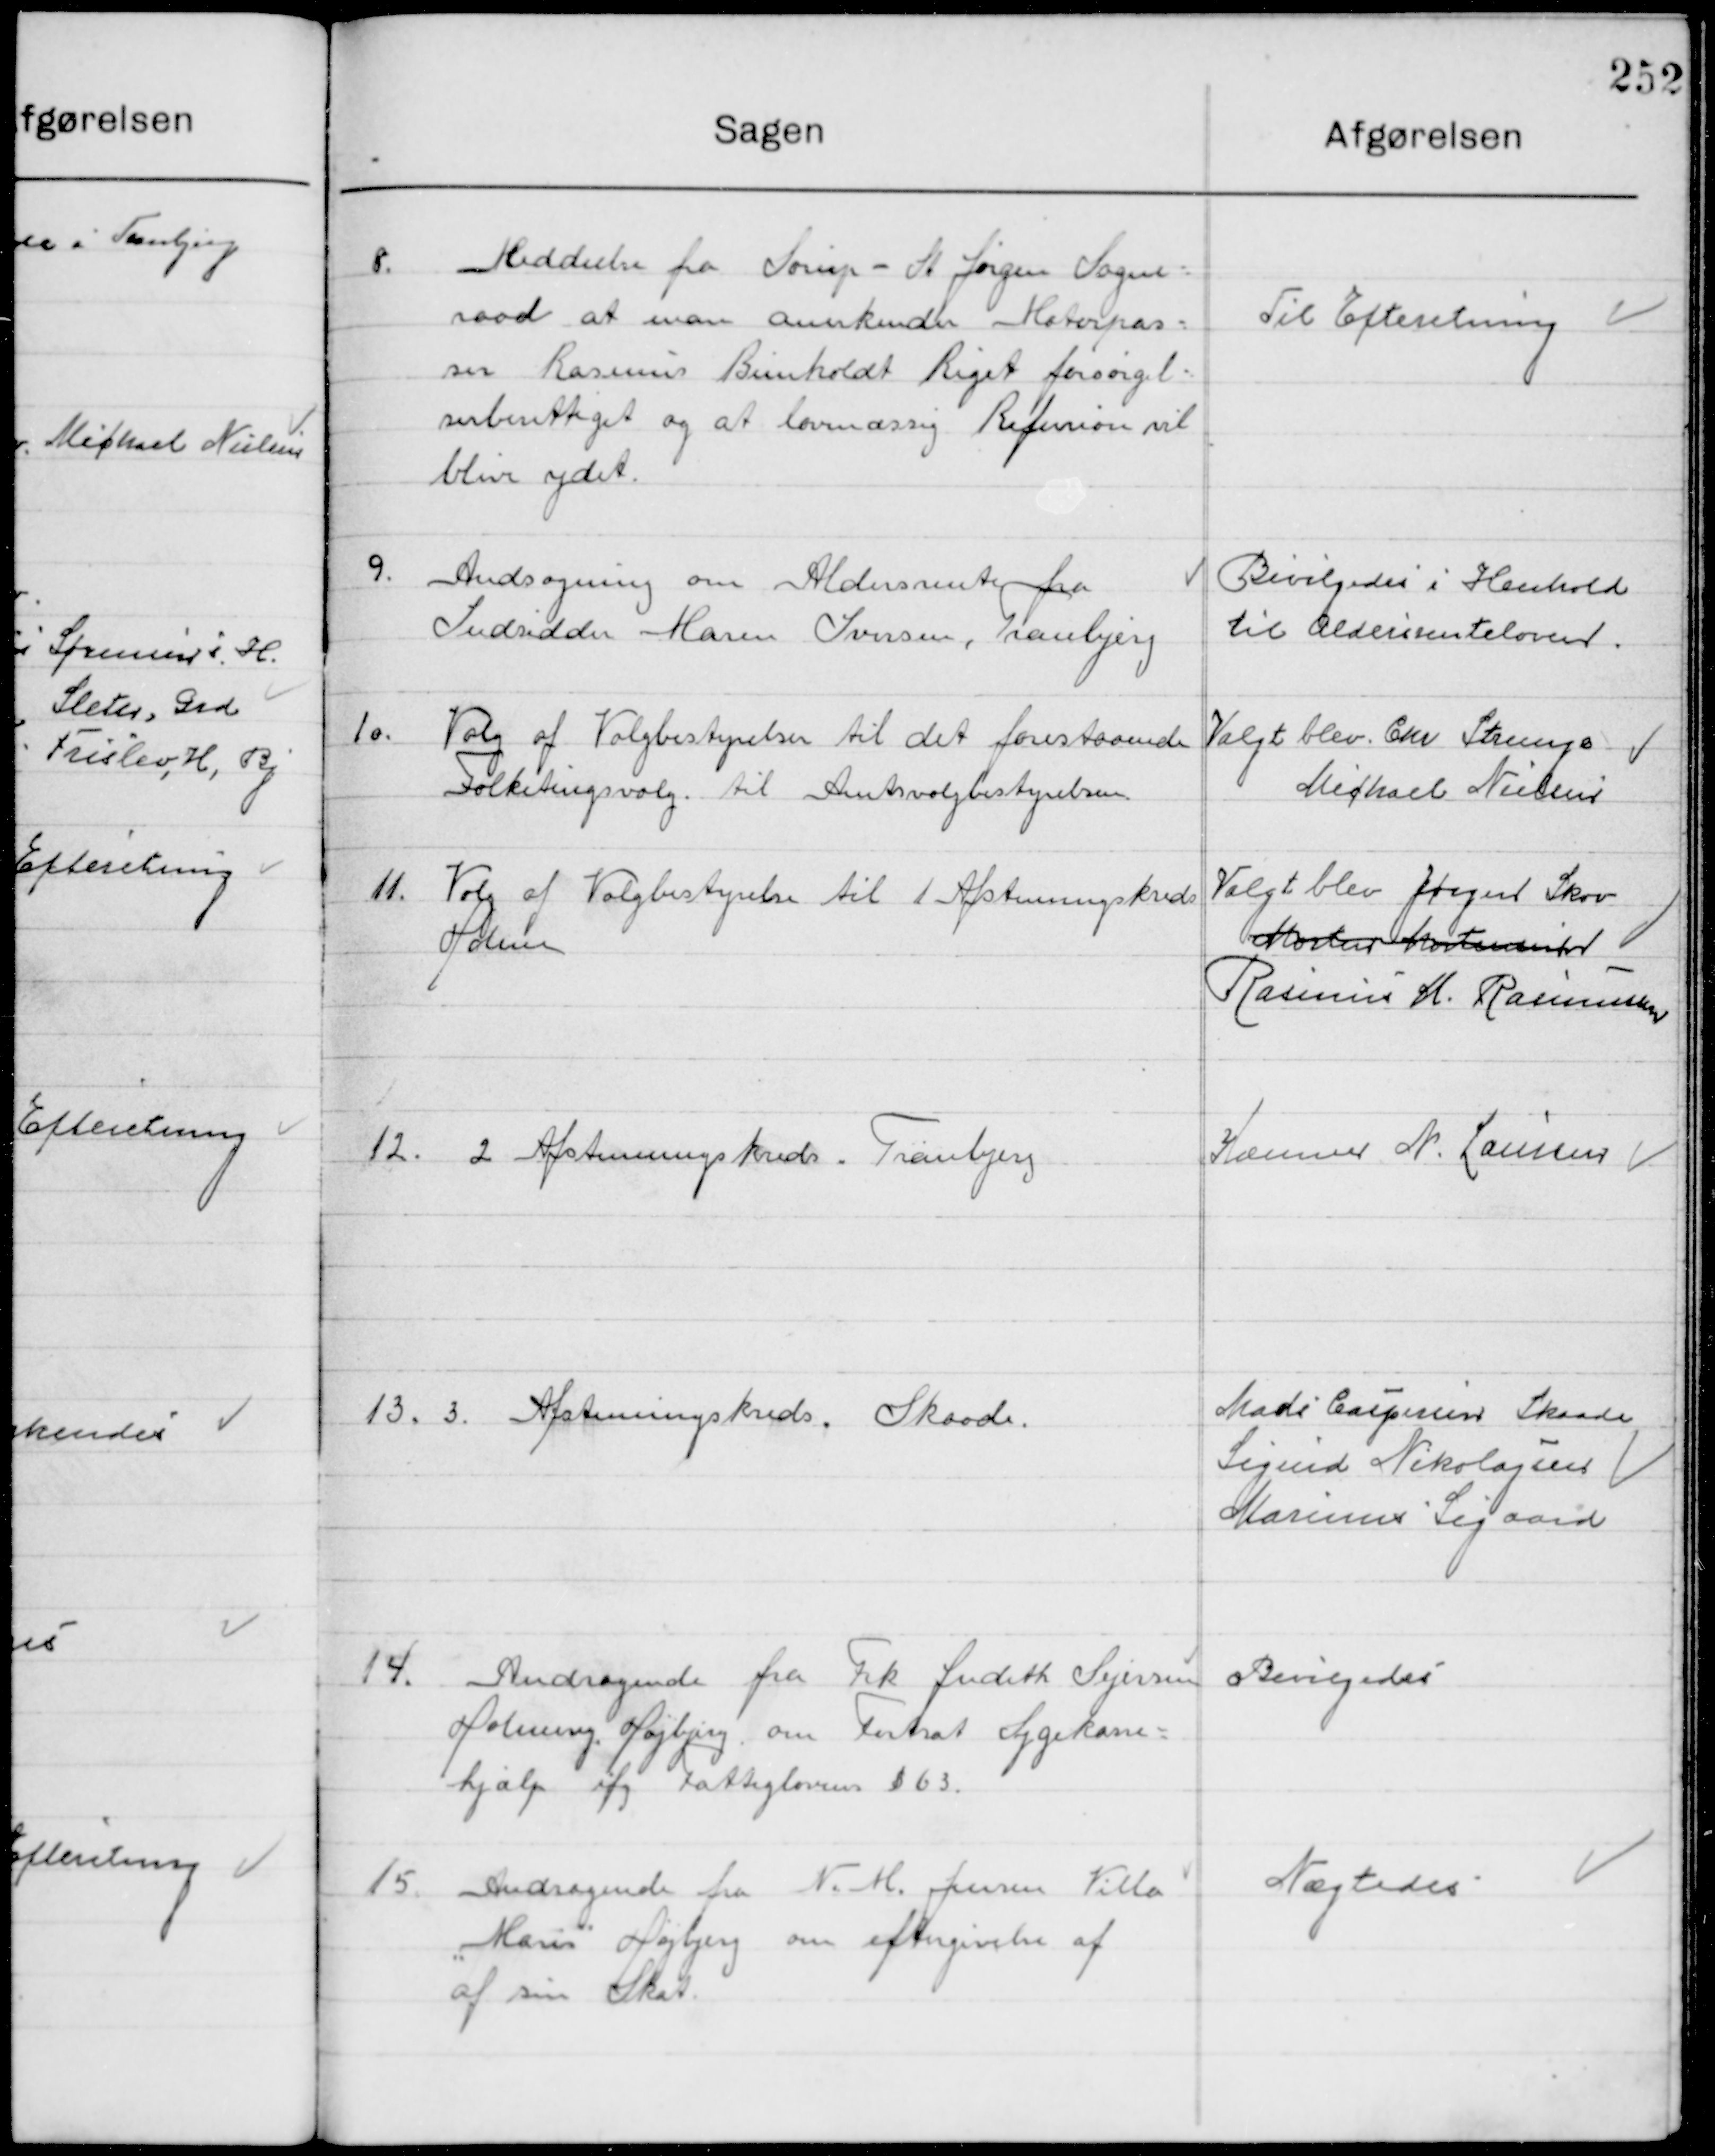
Transskription:
8

Meddelelse fra Sørup-St. Jørgen Sogne-
raad at man anerkender Moterpas-
ser Rasmus Bunholdt Riget forsørgel-
sesberettiget og at lovmæssig Refusion vil 
blive ydet.

Til Efterretning

9

Ansøgning om Aldersrente fra
Indsidder Maren Iversen, Tranbjerg

Bevilgedes i Henhold
til Aldersrenteloven

10

Valg af Valgbestyrelse til det forestaaende
Folketingsvalg, til Amtsvalgbestyrelsen.

Valgt blev Chr. Strunge
Michael Nielsen

11

Valg af Valgbestyrelse til 1. Afstemningskreds 
Holme

Valgt blev Jørgen Skov
Morten Mortensen
Rasmus H. Rasmussen

12

2. Afstemningskreds, Tranbjerg

Kæmner N. Laursen

13

3. Afstemningskreds, Skaade

Mads Caspersen Skaade
Sigurd Nikolajsen
Marius Sigaard

14

Andragende fra frk. Judith Sejersen
Holme og Højbjerg om Forsat Sygekasse 
Hjælp ifg. Fattiglovens § 63

Bevilgedes

15

Andragende fra N. M. Jensen ”Villa
 Main” Højbjerg om eftergivelse af
af sin Skat.

Nægtedes